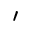
'